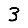
Digit: 3